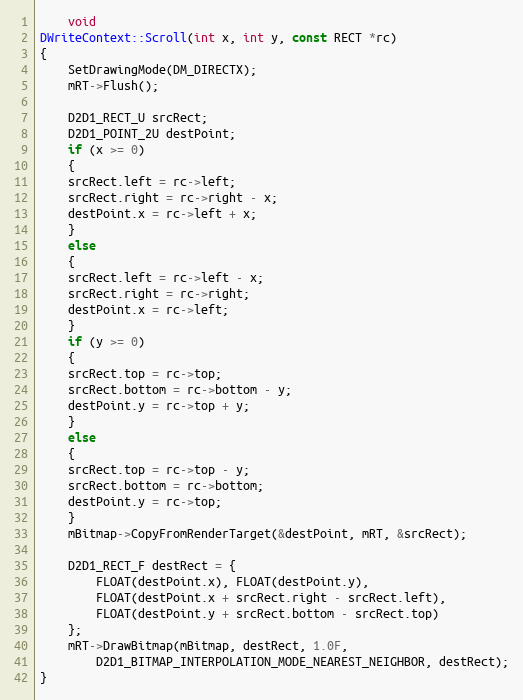
Language: C++
    void
DWriteContext::Scroll(int x, int y, const RECT *rc)
{
    SetDrawingMode(DM_DIRECTX);
    mRT->Flush();

    D2D1_RECT_U srcRect;
    D2D1_POINT_2U destPoint;
    if (x >= 0)
    {
	srcRect.left = rc->left;
	srcRect.right = rc->right - x;
	destPoint.x = rc->left + x;
    }
    else
    {
	srcRect.left = rc->left - x;
	srcRect.right = rc->right;
	destPoint.x = rc->left;
    }
    if (y >= 0)
    {
	srcRect.top = rc->top;
	srcRect.bottom = rc->bottom - y;
	destPoint.y = rc->top + y;
    }
    else
    {
	srcRect.top = rc->top - y;
	srcRect.bottom = rc->bottom;
	destPoint.y = rc->top;
    }
    mBitmap->CopyFromRenderTarget(&destPoint, mRT, &srcRect);

    D2D1_RECT_F destRect = {
	    FLOAT(destPoint.x), FLOAT(destPoint.y),
	    FLOAT(destPoint.x + srcRect.right - srcRect.left),
	    FLOAT(destPoint.y + srcRect.bottom - srcRect.top)
    };
    mRT->DrawBitmap(mBitmap, destRect, 1.0F,
	    D2D1_BITMAP_INTERPOLATION_MODE_NEAREST_NEIGHBOR, destRect);
}